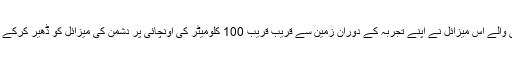
انٹرسیپشن ٹکنالوجی والے اس میزائل نے اپنے تجربہ کے دوران زمین سے قریب قریب 100 کلومیٹر کی اونچائی پر دشمن کی میزائل کو ڈھیر کرکے کامیابی رقم کردی۔